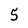
Character: 5